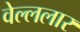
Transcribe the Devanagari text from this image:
वेल्ललार